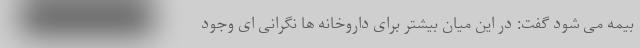
بیمه می شود گفت: در این میان بیشتر برای داروخانه ها نگرانی ای وجود